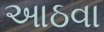
આઠવા